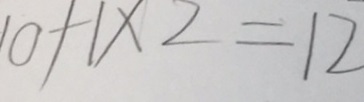
1 0 + 1 \times 2 = 1 2